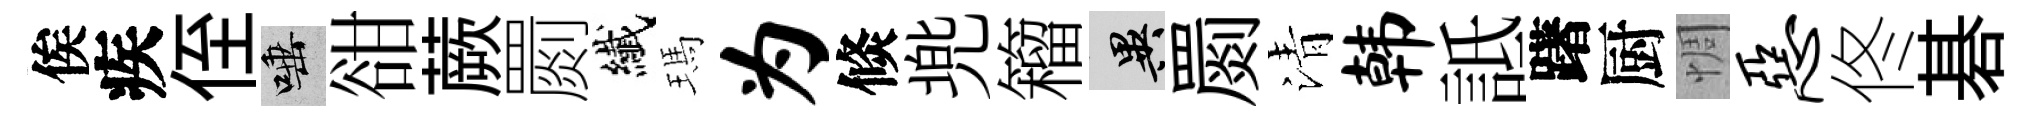
俟疾侄唾𧮳蕨罽纎瑪为倐兠籕异罽清韩詆躇厨惆恶佟碁